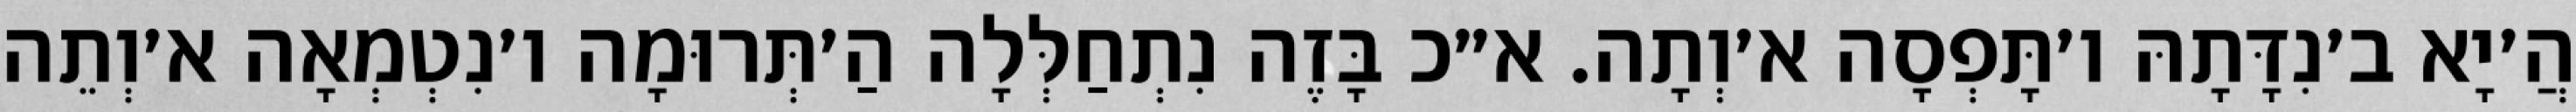
הֲ׳יָא ב׳נִדָּתָהּ ו׳תָּפְסָה א׳וְתָה. א״כ בָּזֶה נִתְחַלְּלָה הַ׳תְּרוּמָה ו׳נִטְמְאָה א׳וְתֵה